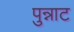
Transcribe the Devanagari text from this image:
पुन्नाट